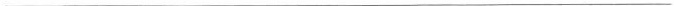
___